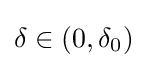
\delta \in (0,\delta _{0})